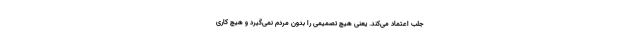
جلب اعتماد می‌کند. یعنی هیچ تصمیمی را بدون مردم نمی‌گیرد و هیچ کاری